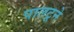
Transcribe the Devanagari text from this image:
पालटूने